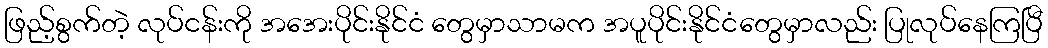
ဖြည့်စွက်တဲ့ လုပ်ငန်းကို အအေးပိုင်းနိုင်ငံ တွေမှာသာမက အပူပိုင်းနိုင်ငံတွေမှာလည်း ပြုလုပ်နေကြပြီ